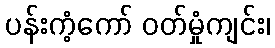
ပန်းကံ့ကော် ဝတ်မှုံကျင်း၊